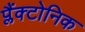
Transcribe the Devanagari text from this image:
प्लैंक्टोनिक